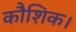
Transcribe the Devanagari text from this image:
कौशिक।